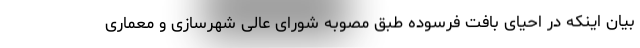
بیان اینکه در احیای بافت فرسوده طبق مصوبه شورای عالی شهرسازی و معماری